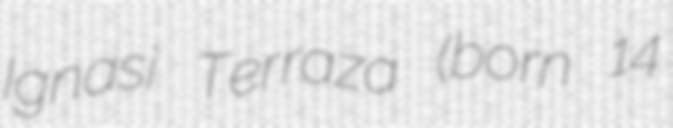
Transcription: Ignasi Terraza (born 14